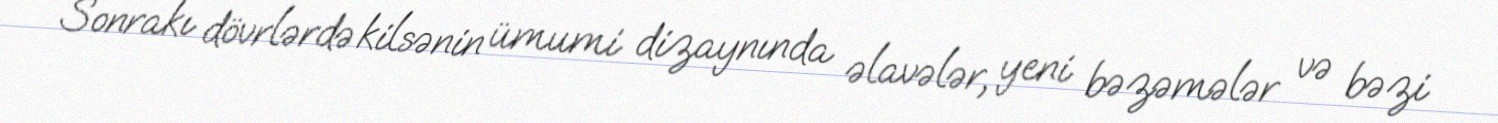
Sonrakı dövrlərdə kilsənin ümumi dizaynında əlavələr, yeni bəzəmələr və bəzi